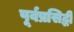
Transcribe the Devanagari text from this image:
पूर्वप्रसिद्धी